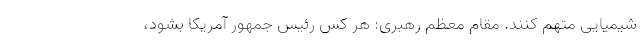
شیمیایی متهم کنند. مقام معظم رهبری: هر کس رئیس جمهور آمریکا بشود،